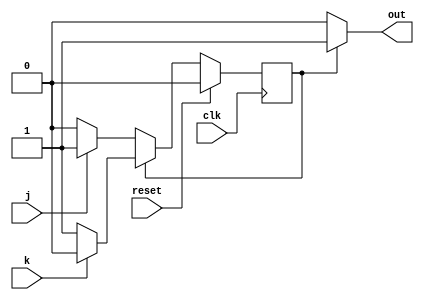
module top_module(
    input clk,
    input reset,    // Synchronous reset to OFF
    input j,
    input k,
    output out); //  

    parameter OFF=0, ON=1; 
    reg state, next_state;

    always @(*) begin
        if (state == ON)
            next_state = (k) ? OFF : ON;
        else
            next_state = (j) ? ON : OFF;
    end

    always @(posedge clk) begin
        if (reset)
            state <= OFF;
        else
            state <= next_state;
    end

    // Output logic
    assign out = (state == ON) ? 1 : 0;

endmodule